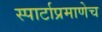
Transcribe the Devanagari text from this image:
स्पार्टाप्रमाणेच